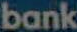
bank